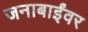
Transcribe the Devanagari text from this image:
जनाबाईंवर